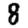
Digit: 8